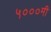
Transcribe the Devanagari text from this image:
५०००मी